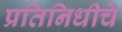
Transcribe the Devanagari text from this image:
प्रतिनिधीचे